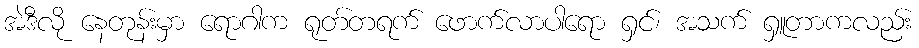
အဲဒီလို နေတုန်းမှာ ရောဂါက ရုတ်တရက် ဖောက်လာပါရော ရှင်၊ အသက် ရှူတာကလည်း